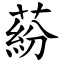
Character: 蒶